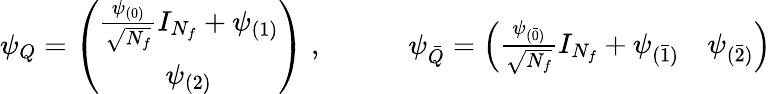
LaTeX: \psi_{Q}=\left(\begin{array}{c}{{\frac{\psi_{(0)}}{\sqrt{N_{f}}}I_{N_{f}}+\psi_{(1)}}}\\ {{\psi_{(2)}}}\end{array}\right)\; ,\qquad\quad\psi_{\bar{Q}}=\left(\begin{array}{cc}{{\frac{\psi_{(\bar{0})}}{\sqrt{N_{f}}}I_{N_{f}}+\psi_{(\bar{1})}}}&{{\psi_{(\bar{2})}}}\end{array}\right)